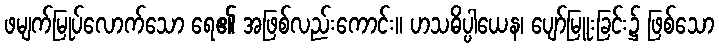
ဖမျက်မြုပ်လောက်သော ရေ၏ အဖြစ်လည်းကောင်း။ ဟသဓိပ္ပါယေန၊ ပျော်မြူးခြင်း၌ ဖြစ်သော